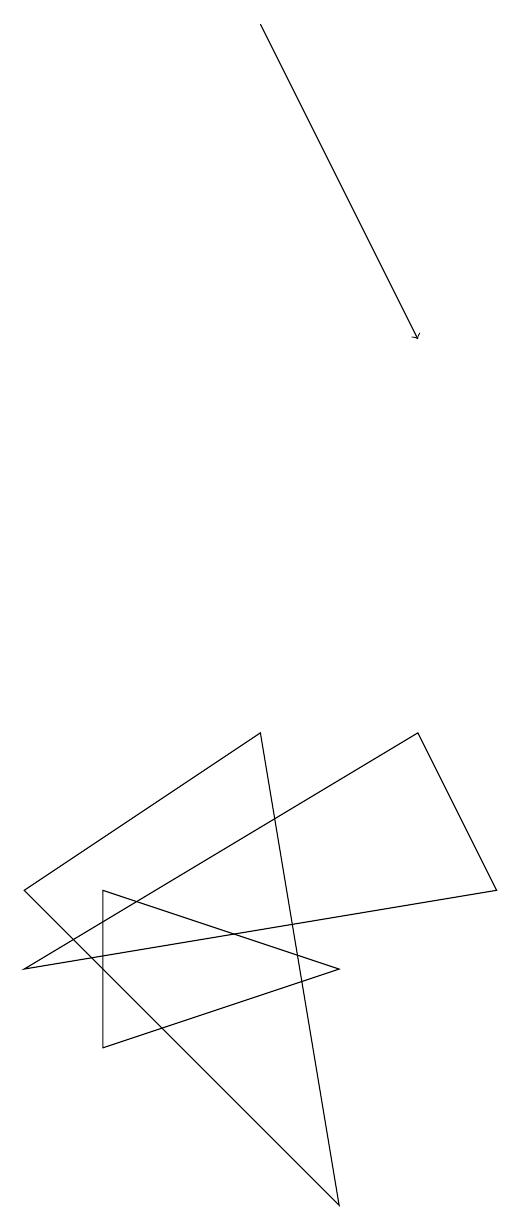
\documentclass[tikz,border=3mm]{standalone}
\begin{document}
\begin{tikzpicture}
\draw (2,4) -- (5,6) -- (6,0) -- cycle;
\draw (3,2) -- (3,4) -- (6,3) -- cycle;
\draw (7,6) -- (2,3) -- (8,4) -- cycle;
\draw[->] (5,15) -- (7,11);
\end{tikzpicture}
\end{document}